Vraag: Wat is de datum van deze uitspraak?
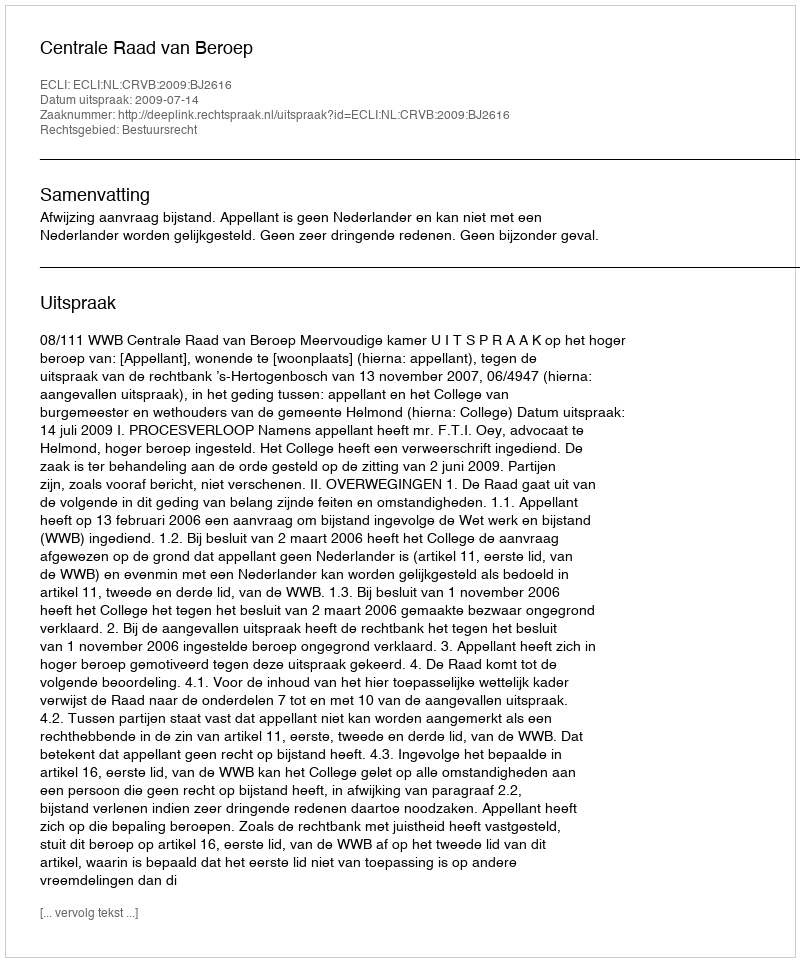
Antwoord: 2009-07-14